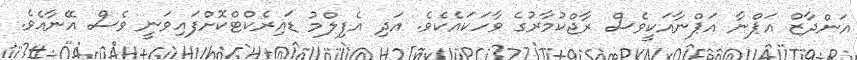
އަންދާޒް އަޕްނާ އަޕްނާއަކީވެސް ރާޖްކުމާރުގެ ވާހަކައެކެވެ. އަދި އެފިލްމު ޑައިރެކްޓްކޮށްފައިވަނީ ވެސް އޭނާއެވެ.